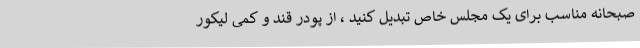
صبحانه مناسب برای یک مجلس خاص تبدیل کنید ، از پودر قند و کمی لیکور